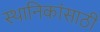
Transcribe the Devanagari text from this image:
स्थानिकांसाठी